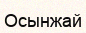
Осынжай